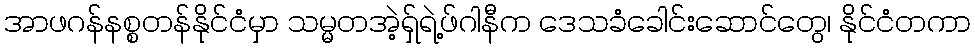
အာဖဂန်နစ္စတန်နိုင်ငံမှာ သမ္မတအဲ့ရှ်ရဲ့ဖ်ဂါနီက ဒေသခံခေါင်းဆောင်တွေ၊ နိုင်ငံတကာ